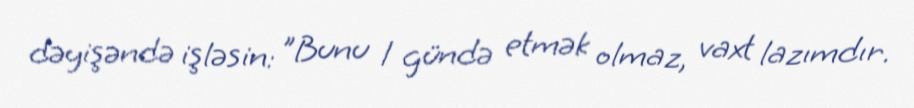
dəyişəndə işləsin: "Bunu 1 gündə etmək olmaz, vaxt lazımdır.